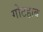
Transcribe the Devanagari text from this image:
गोटहाब